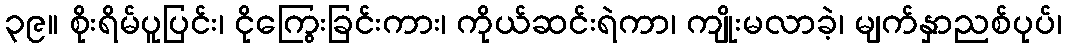
၃၉။ စိုးရိမ်ပူပြင်း၊ ငိုကြွေးခြင်းကား၊ ကိုယ်ဆင်းရဲကာ၊ ကျိုးမလာခဲ့၊ မျက်နှာညစ်ပုပ်၊